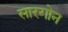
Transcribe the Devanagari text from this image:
सारगोन